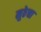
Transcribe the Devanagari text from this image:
मुठेचा